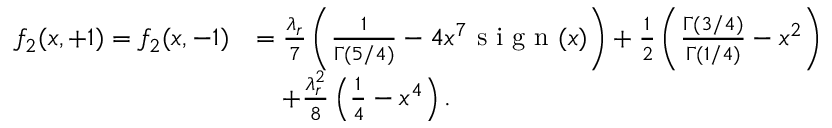
\begin{array} { r l } { f _ { 2 } ( x , + 1 ) = f _ { 2 } ( x , - 1 ) } & { = \frac { \lambda _ { r } } { 7 } \left( \frac { 1 } { \Gamma ( 5 / 4 ) } - 4 x ^ { 7 } \textnormal { s i g n } ( x ) \right) + \frac { 1 } { 2 } \left( \frac { \Gamma ( 3 / 4 ) } { \Gamma ( 1 / 4 ) } - x ^ { 2 } \right) } \\ & { \quad + \frac { \lambda _ { r } ^ { 2 } } { 8 } \left( \frac { 1 } { 4 } - x ^ { 4 } \right) . } \end{array}